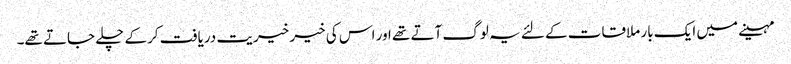
مہینے میں ایک بار ملاقات کے لئے یہ لوگ آتے تھے اور اس کی خیر خیریت دریافت کرکے چلے جاتے تھے۔